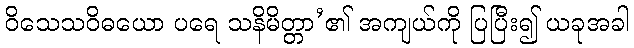
ဝိသေသဝိဓယော ပရေ သနိမိတ္တာ’၏ အကျယ်ကို ပြပြီး၍ ယခုအခါ